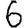
Digit: 6